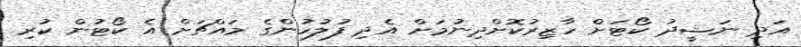
އަދި ނަޝީދު ކޯޓަށް ހާޒިރުކޮށްދިނުމަށް އެދި ފުލުހުންގެ މައްޗަށް އެ ކޯޓުން ކުރި